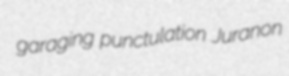
garaging punctulation Juranon